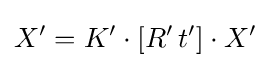
X'=K'\cdot [R'\,t']\cdot X'